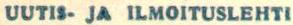
UUTIS- JA ILMOITUSLEHTI